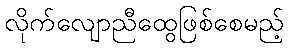
လိုက်လျောညီထွေဖြစ်စေမည့်